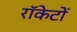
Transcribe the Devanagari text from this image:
राॅकेटों